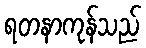
ရတနာကုန်သည်